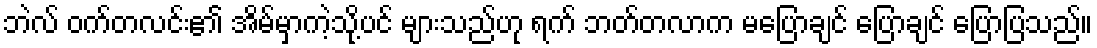
ဘဲလ် ဝက်တလင်း၏ အိမ်မှာကဲ့သို့ပင် များသည်ဟု ရက် ဘတ်တလာက မပြောချင် ပြောချင် ပြောပြသည်။